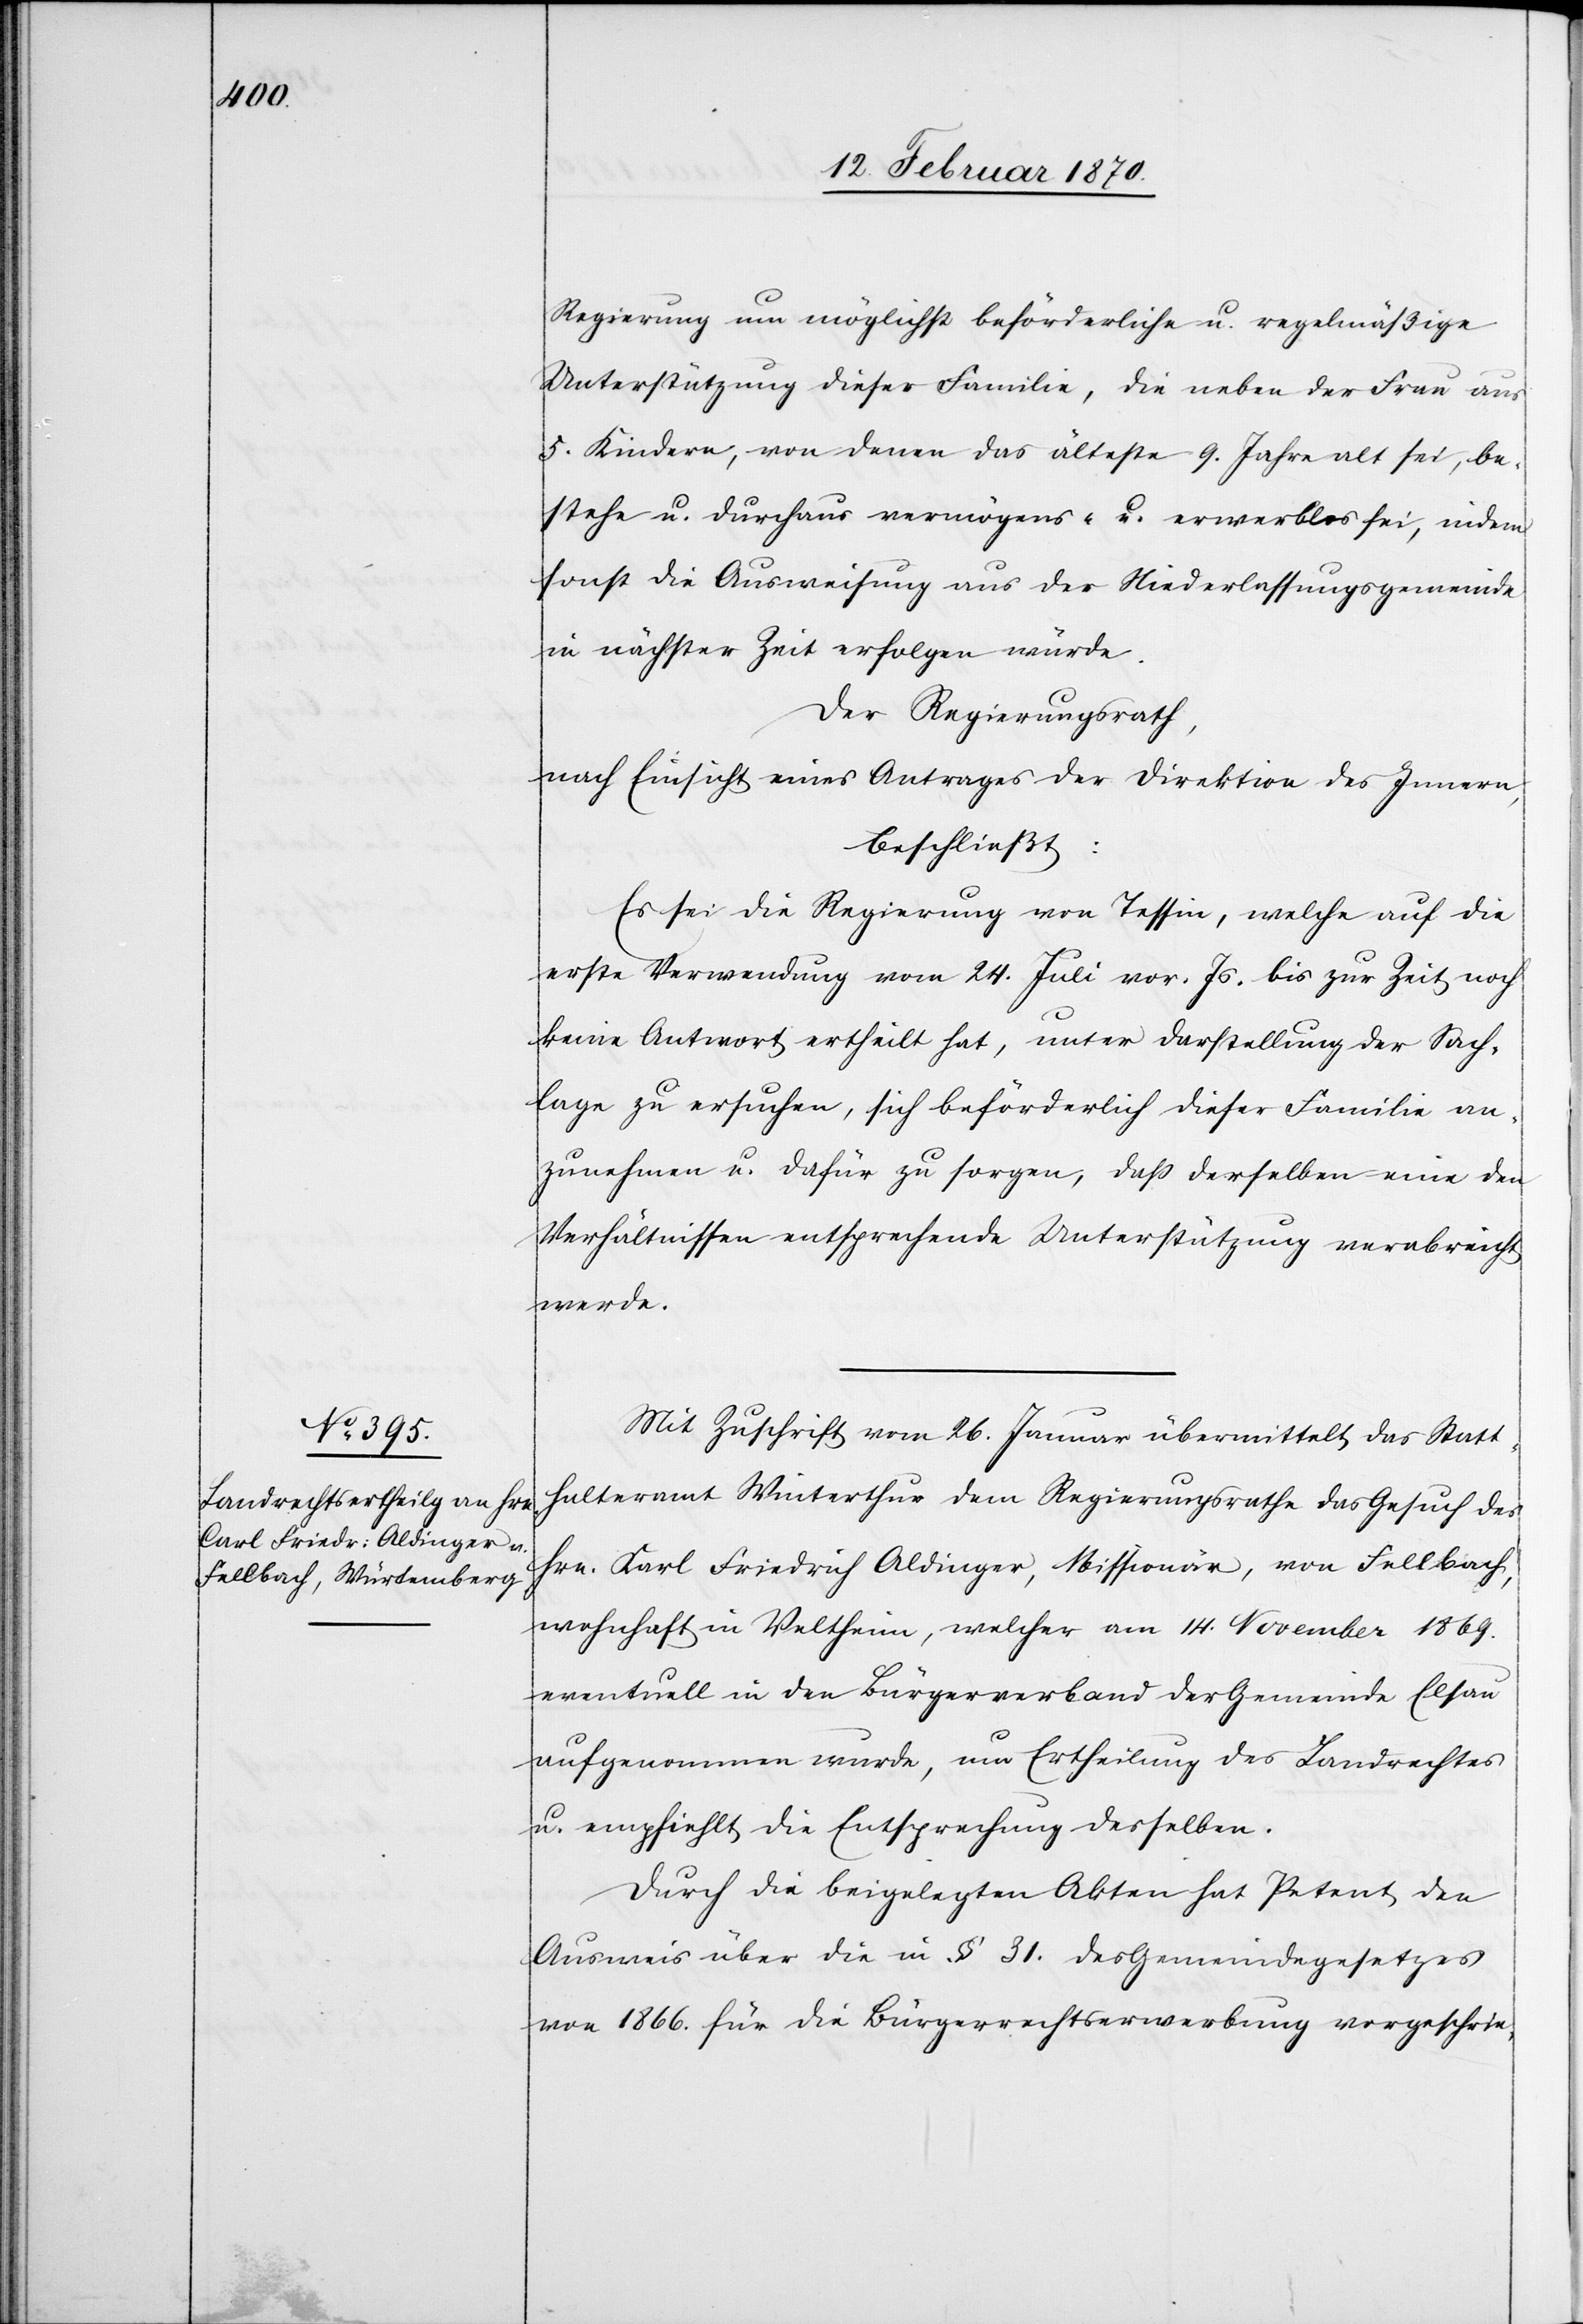
Regierung um möglichst beförderliche u. regelmäßige
Unterstützung dieser Familie, die neben der Frau aus
5. Kindern, von denen das älteste 9. Jahre alt sei, be¬
stehe u. durchaus vermögens- u. erwerblos sei, indem
sonst die Ausweisung aus der Niederlassungsgemeinde
in nächster Zeit erfolgen würde.
Der Regierungsrath,
nach Einsicht eines Antrages der Direktion des Innern,
beschließt:
Es sei die Regierung von Tessin, welche auf die
erste Verwendung vom 24. Juli vor. Js. bis zur Zeit noch
keine Antwort ertheilt hat, unter Darstellung der Sach¬
lage zu ersuchen, sich beförderlich dieser Familie an¬
zunehmen u. dafür zu sorgen, daß derselben eine den
Verhältnissen entsprechende Unterstützung verabreicht
werde.
Mit Zuschrift vom 26. Januar übermittelt das Statt¬
halteramt Winterthur dem Regierungsrathe das Gesuch des
Hrn. Karl Friedrich Aldinger, Missionär, von Fellbach,
wohnhaft in Veltheim, welcher am 14. November 1869.
eventuell in den Bürgerverband der Gemeinde Elsau
aufgenommen wurde, um Ertheilung des Landesrechtes
u. empfiehlt die Entsprechung desselben.
Durch die beigelegten Akten hat Petent den
Ausweis über die in § 31. des Gemeindegesetzes
von 1866. für die Bürgerrechtserwerbung vorgeschrie-